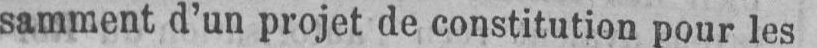
samment d’un projet de constitution pour les